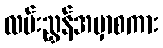
လမ်းညွှန်အမှာစကား